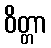
ဝိတ္တာ